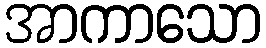
အာကာသော